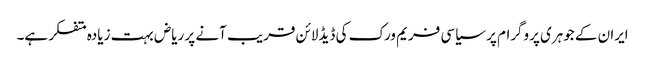
ایران کے جوہری پروگرام پر سیاسی فریم ورک کی ڈیڈلائن قریب آنے پر ریاض بہت زیادہ متفکر ہے۔